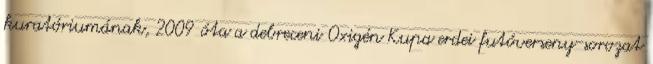
kuratóriumának, 2009 óta a debreceni Oxigén Kupa erdei futóverseny-sorozat